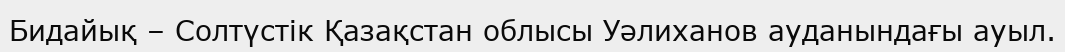
Бидайық – Солтүстік Қазақстан облысы Уәлиханов ауданындағы ауыл.